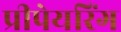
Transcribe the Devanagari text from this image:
प्रीपेयरिंग